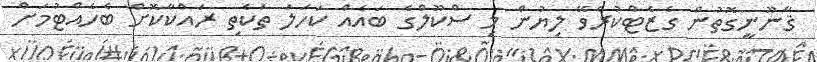
ޤާނޫނީގޮތުން ގެޒެޓްކުރެވޭ ލިޔުން މި ސްކޫލްގެ ބައެއް ކަހަލަ ތަކެތި ރައްކާކޮށް ބެހެއްޓުމަށް